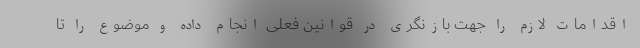
اقدامات لازم را جهت بازنگری در قوانین فعلی انجام داده و موضوع را تا